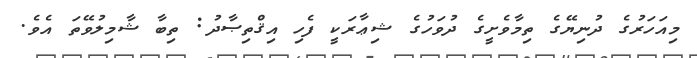
މިއަހަރުގެ ދުނިޔޭގެ ތިމާވެށީގެ ދުވަހުގެ ޝިޢާރަކީ ފެހި އިޤްތިޞާދު: ތިބާ ޝާމިލުވޭތަ އެވެ.